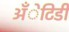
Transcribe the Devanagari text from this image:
अँेटिडी